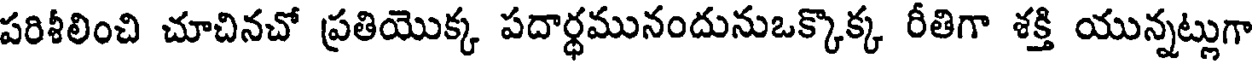
పరిశీలించి చూచినచో ప్రతియొక్క పదార్థమునందునుఒక్కొక్క రీతిగా శక్తి యున్నట్లుగా